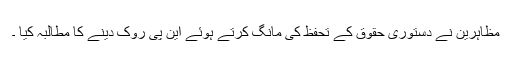
مظاہرین نے دستوری حقوق کے تحفظ کی مانگ کرتے ہوئے این پی روک دینے کا مطالبہ کیا ۔